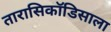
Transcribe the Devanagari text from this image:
तारासिकॉडिसाला